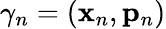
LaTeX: \gamma_{n}=(\mathbf{x}_{n},\mathbf{p}_{n})